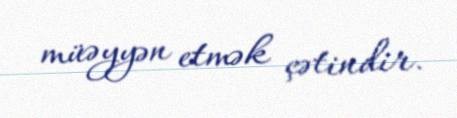
müəyyən etmək çətindir.